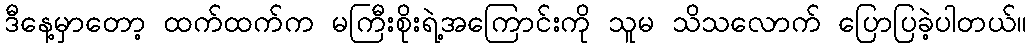
ဒီနေ့မှာတော့ ထက်ထက်က မကြီးစိုးရဲ့အကြောင်းကို သူမ သိသလောက် ပြောပြခဲ့ပါတယ်။